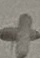
Text: +